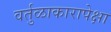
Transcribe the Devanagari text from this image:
वर्तुळाकारापेक्षा